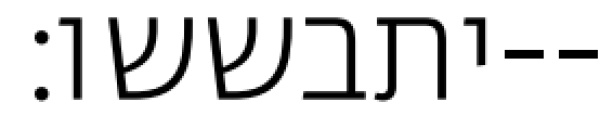
יתבששו׃--